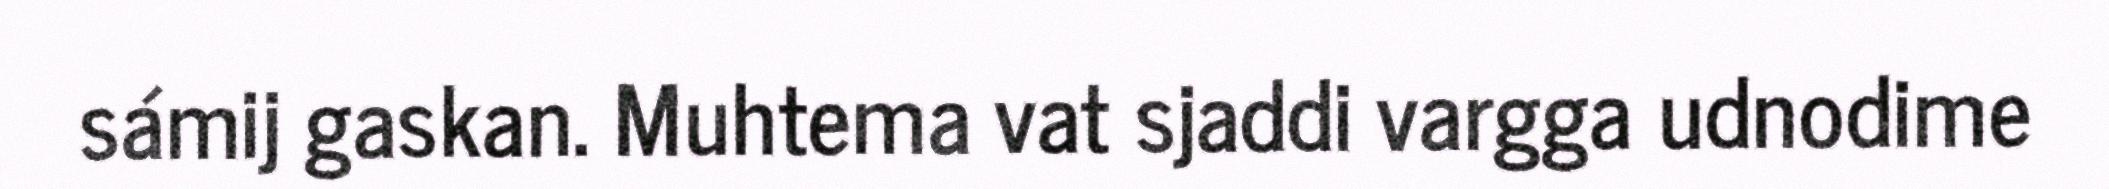
sámij gaskan. Muhtema vat sjaddi vargga udnodime